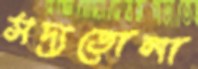
সদ্যতোলা